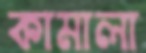
কামালা